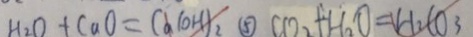
H _ { 2 } O + C a O = C a ( O H ) _ { 2 } \textcircled { 5 } C O _ { 2 } + H _ { 2 } O = H _ { 2 } C O _ { 3 }